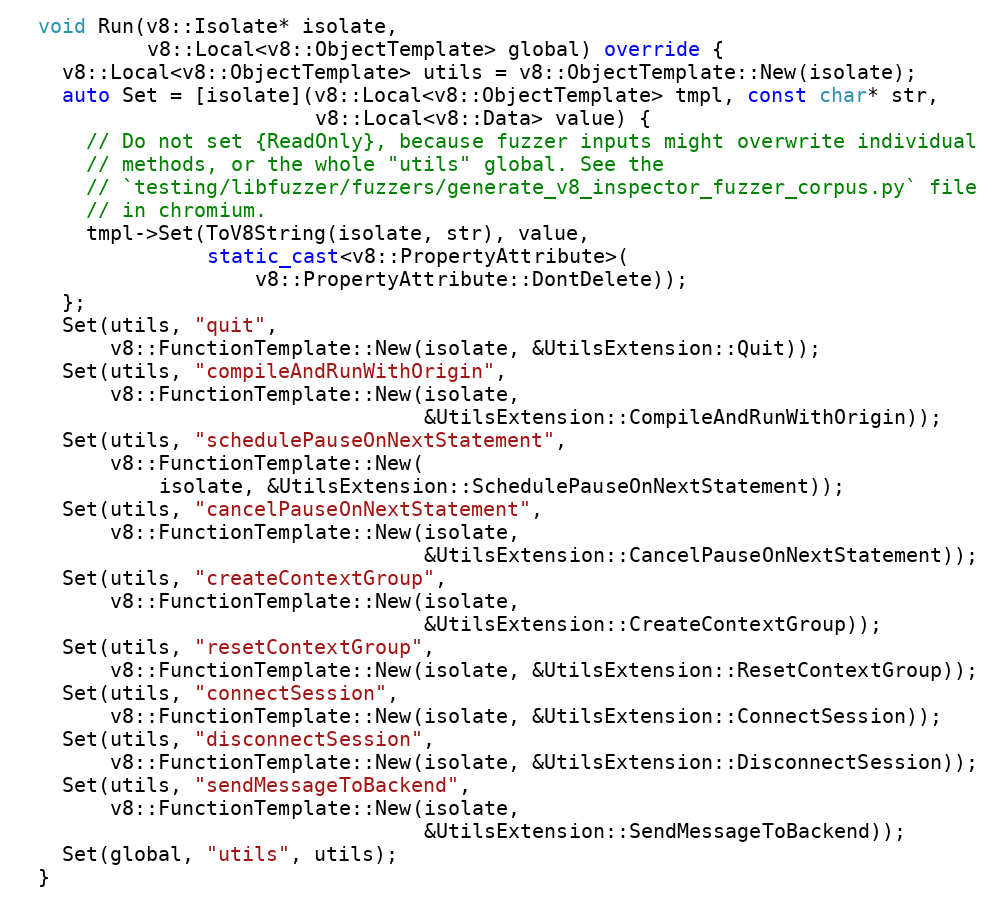
Language: C++
  void Run(v8::Isolate* isolate,
           v8::Local<v8::ObjectTemplate> global) override {
    v8::Local<v8::ObjectTemplate> utils = v8::ObjectTemplate::New(isolate);
    auto Set = [isolate](v8::Local<v8::ObjectTemplate> tmpl, const char* str,
                         v8::Local<v8::Data> value) {
      // Do not set {ReadOnly}, because fuzzer inputs might overwrite individual
      // methods, or the whole "utils" global. See the
      // `testing/libfuzzer/fuzzers/generate_v8_inspector_fuzzer_corpus.py` file
      // in chromium.
      tmpl->Set(ToV8String(isolate, str), value,
                static_cast<v8::PropertyAttribute>(
                    v8::PropertyAttribute::DontDelete));
    };
    Set(utils, "quit",
        v8::FunctionTemplate::New(isolate, &UtilsExtension::Quit));
    Set(utils, "compileAndRunWithOrigin",
        v8::FunctionTemplate::New(isolate,
                                  &UtilsExtension::CompileAndRunWithOrigin));
    Set(utils, "schedulePauseOnNextStatement",
        v8::FunctionTemplate::New(
            isolate, &UtilsExtension::SchedulePauseOnNextStatement));
    Set(utils, "cancelPauseOnNextStatement",
        v8::FunctionTemplate::New(isolate,
                                  &UtilsExtension::CancelPauseOnNextStatement));
    Set(utils, "createContextGroup",
        v8::FunctionTemplate::New(isolate,
                                  &UtilsExtension::CreateContextGroup));
    Set(utils, "resetContextGroup",
        v8::FunctionTemplate::New(isolate, &UtilsExtension::ResetContextGroup));
    Set(utils, "connectSession",
        v8::FunctionTemplate::New(isolate, &UtilsExtension::ConnectSession));
    Set(utils, "disconnectSession",
        v8::FunctionTemplate::New(isolate, &UtilsExtension::DisconnectSession));
    Set(utils, "sendMessageToBackend",
        v8::FunctionTemplate::New(isolate,
                                  &UtilsExtension::SendMessageToBackend));
    Set(global, "utils", utils);
  }